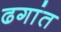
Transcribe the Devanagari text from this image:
ढगांत